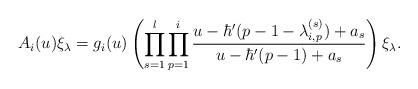
LaTeX: \begin{align*}A_i(u) \xi_{\lambda} = g_i(u) \left( \prod_{s=1}^{l}\prod_{p=1}^{i} \dfrac{u - \hbar'(p - 1 - \lambda_{i,p}^{(s)}) + a_s}{u - \hbar'(p - 1) + a_s} \right) \xi_{\lambda}.\end{align*}